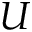
U